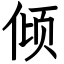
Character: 倾